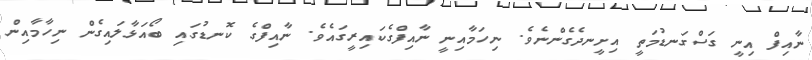
ނާއިފް އިނީ ގަސްގަނޑުމަތީ އިށީނދެގެންނެވެ. ނިހަމާއިނީ ނާއިފްގެކައިރީގައެވެ. ނާއިފްގެ ކޮނޑުގައި ބޯއަޅާލައިގެން ނިހާމާއިން